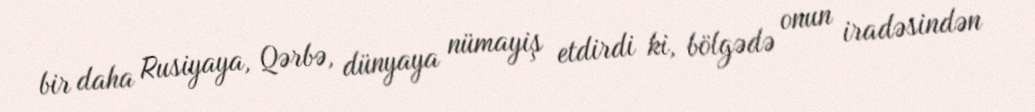
bir daha Rusiyaya, Qərbə, dünyaya nümayiş etdirdi ki, bölgədə onun iradəsindən